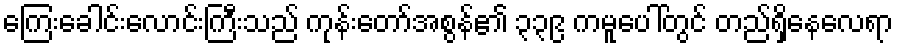
ကြေးခေါင်းလောင်းကြီးသည် ကုန်းတော်အစွန်၏ ၃၃၉ ကမူပေါ်တွင် တည်ရှိနေလေရာ